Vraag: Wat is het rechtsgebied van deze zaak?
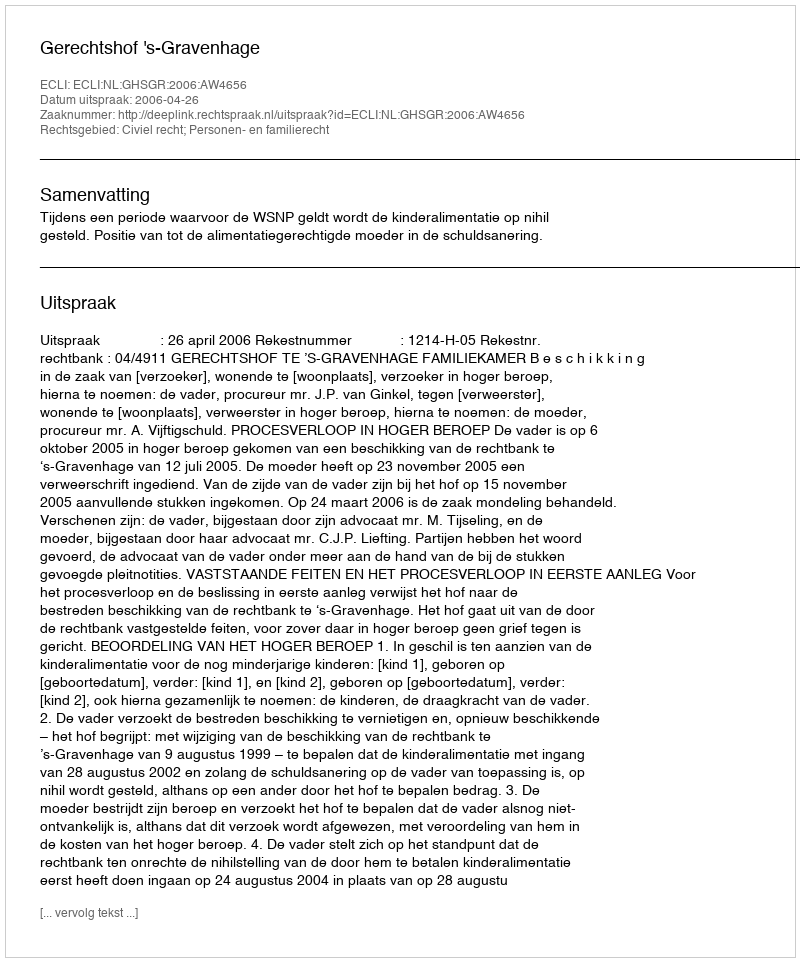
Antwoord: Civiel recht; Personen- en familierecht